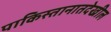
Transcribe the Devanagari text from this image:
पाकिस्तानातदेखील